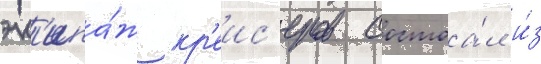
эк'ипа́ж кр'еис'еров состоа́л и́з